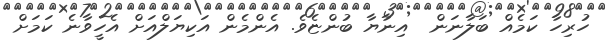
ހުރިހާ ކަމެއް ބަލާނަން  އިނާޔާ ބުންޏެވެ. އެންމެން އަކިޔަލްއަށް އެހީވާނެ ކަމަށް